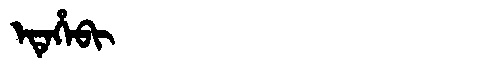
Manchu: ᡝᡨᡝᡥᡝᠪᡳ
Romanization: ETEHEBI